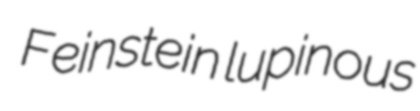
Feinstein lupinous